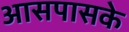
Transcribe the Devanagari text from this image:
आसपासके